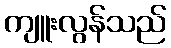
ကျူးလွန်သည်